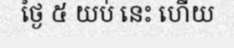
ថ្ងៃ ៥ យប់ នេះ ហើយ